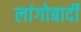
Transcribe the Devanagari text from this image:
लांगोबार्दी